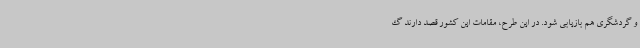
و گردشگری هم بازیابی شود. در این طرح، مقامات این کشور قصد دارند گ